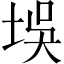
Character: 𪣘